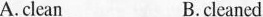
A.clean B.cleaned